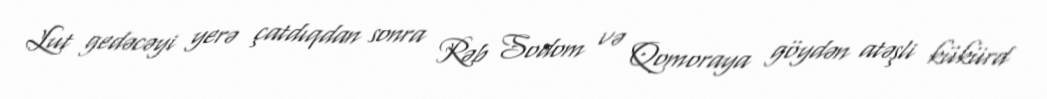
Lut gedəcəyi yerə çatdıqdan sonra Rəb Sodom və Qomoraya göydən atəşli kükürd